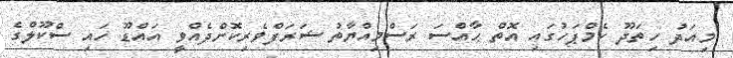
މިއަދު ހިތަދޫ ކެމްޕަހުގައި އޮތް ޙާއްސަ ރަސްމިއްޔާތު ޝަރަފްވެރިކޮށްދެއްވީ އައްޑޫ ހައި ސްކޫލްގެ